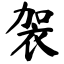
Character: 袈